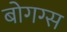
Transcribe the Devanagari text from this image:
बोगग्स